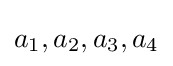
a_{1},a_{2},a_{3},a_{4}